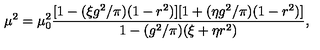
\mu ^ { 2 } = \mu _ { 0 } ^ { 2 } { \frac { [ 1 - ( \xi g ^ { 2 } / \pi ) ( 1 - r ^ { 2 } ) ] [ 1 + ( \eta g ^ { 2 } / \pi ) ( 1 - r ^ { 2 } ) ] } { 1 - ( g ^ { 2 } / \pi ) ( \xi + \eta r ^ { 2 } ) } } ,